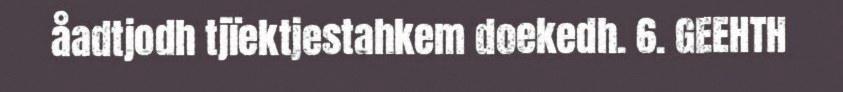
åadtjodh tjïektjestahkem doekedh. 6. GEEHTH